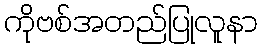
ကိုဗစ်အတည်ပြုလူနာ